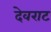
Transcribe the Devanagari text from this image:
देवराट